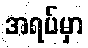
အရပ်မှာ